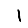
Digit: 1